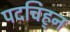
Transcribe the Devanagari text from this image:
पदचिह्‌न